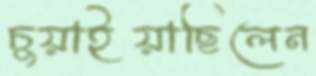
চুয়াইয়াছিলেন